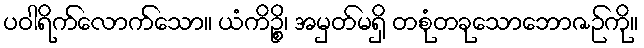
ပဝါရိက်လောက်သော။ ယံကိဉ္စိ၊ အမှတ်မရှိ တစုံတခုသောဘောဇဉ်ကို။